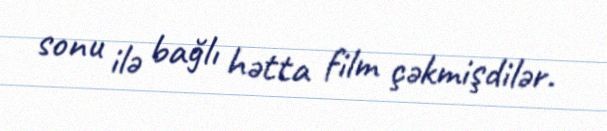
sonu ilə bağlı hətta film çəkmişdilər.